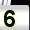
Digit: 5